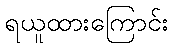
ရယူထားကြောင်း